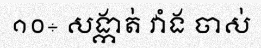
១០÷ សង្កាត់ វាំង ចាស់